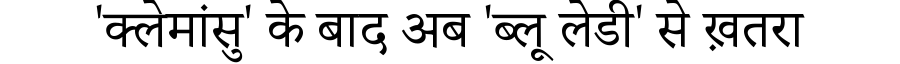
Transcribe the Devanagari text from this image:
'क्लेमांसु' के बाद अब 'ब्लू लेडी' से ख़तरा